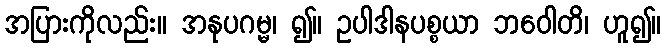
အပြားကိုလည်း။ အနုပဂမ္မ၊ ၍။ ဥပါဒါနပစ္စယာ ဘဝေါတိ၊ ဟူ၍။